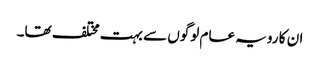
ان کا رویہ عام لوگوں سے بہت مختلف تھا۔